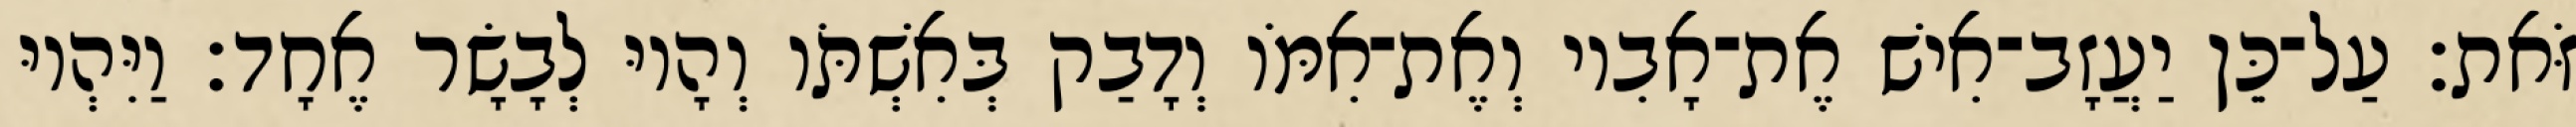
זֹּאת׃ עַל־כֵּן יַעֲזָב־אִישׁ אֶת־אָבִיו וְאֶת־אִמֹּו וְדָבַק בְּאִשְׁתֹּו וְהָיוּ לְבָשָׂר אֶחָד׃ וַיִּהְיוּ